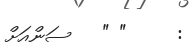
:     " "   ސަންއަށް